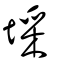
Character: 埰